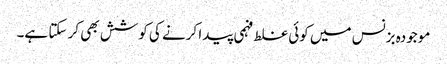
موجودہ بزنس میں کوئی غلط فہمی پیدا کرنے کی کوشش بھی کر سکتا ہے۔